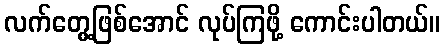
လက်တွေ့ဖြစ်အောင် လုပ်ကြဖို့ ကောင်းပါတယ်။